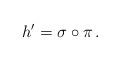
LaTeX: \begin{align*}h'=\sigma\circ\pi\,.\end{align*}